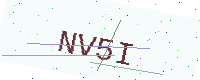
Text: NV5I